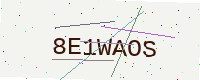
Text: 8E1WAOS